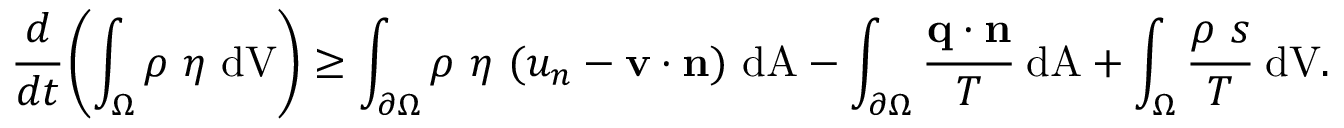
{ { \cfrac { d } { d t } } \left( \int _ { \Omega } \rho ~ \eta ~ { \mathrm { d V } } \right) \geq \int _ { \partial \Omega } \rho ~ \eta ~ ( u _ { n } - \mathbf { v } \cdot \mathbf { n } ) ~ { \mathrm { d A } } - \int _ { \partial \Omega } { \cfrac { \mathbf { q } \cdot \mathbf { n } } { T } } ~ { \mathrm { d A } } + \int _ { \Omega } { \cfrac { \rho ~ s } { T } } ~ { \mathrm { d V } } . }